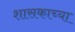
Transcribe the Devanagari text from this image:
शासकाच्या